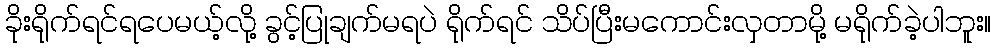
ခိုးရိုက်ရင်ရပေမယ့်လို့ ခွင့်ပြုချက်မရပဲ ရိုက်ရင် သိပ်ပြီးမကောင်းလှတာမို့ မရိုက်ခဲ့ပါဘူး။